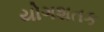
યોગશતક